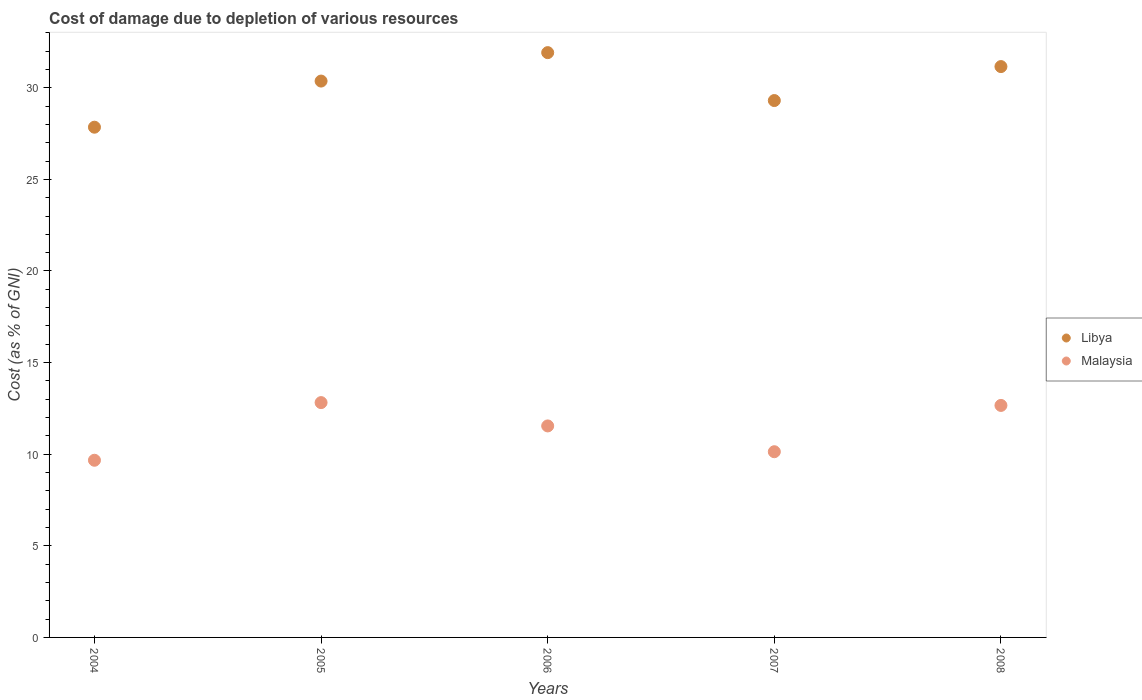
| Years | Libya | Malaysia |
 | --- | --- | --- |
 | 2004 | 27.8 | 9.67 |
 | 2005 | 30.4 | 12.8 |
 | 2006 | 31.9 | 11.5 |
 | 2007 | 29.3 | 10.1 |
 | 2008 | 31.2 | 12.7 |